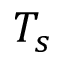
T _ { s }